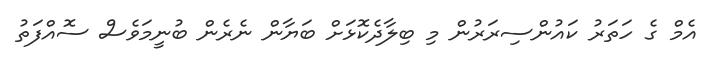
އެމް ގެ ހަތަރު ކައުންސިރަރުން މި ބިލާދެކޮޅަށް ބަޔާން ނެރެން ބުނީމަވެސް ސޮއްފަތު